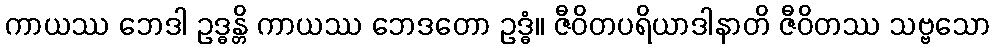
ကာယဿ ဘေဒါ ဥဒ္ဓန္တိ ကာယဿ ဘေဒတော ဥဒ္ဓံ။ ဇီဝိတပရိယာဒါနာတိ ဇီဝိတဿ သဗ္ဗသော